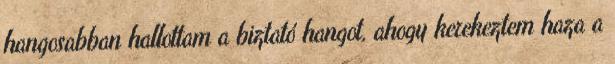
hangosabban hallottam a biztató hangot, ahogy kerekeztem haza a